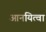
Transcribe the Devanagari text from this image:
आनयित्वा